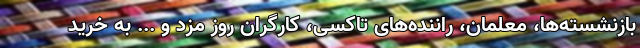
بازنشسته‌ها، معلمان، راننده‌های تاکسی، کارگران روز مزد و ... به خرید